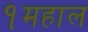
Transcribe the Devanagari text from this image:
१महाल